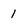
Character: 1